Civil Veterinary Department. United Provinces 1923-31 - 1923-1931
Year: 1923
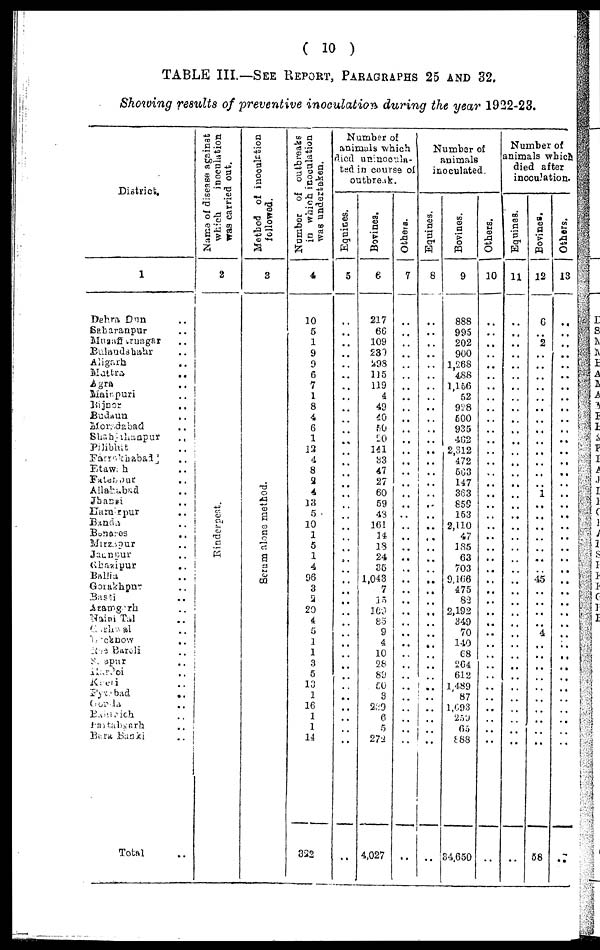
( 10 )
TABLE III.—SEE REPORT, PARAGRAPHS 25 AND 32.
Showing results of preventive inoculation during the year 1922-23.
District.
1
Dehra Dun ..
Sabaranpur ..
Muzaffrnagar ..
Bulandshahr ..
Aligarh ..
Mattra ..
Agra
Mainpuri ..
Bijnor ..
Budaun ..
Moradabad ..
Shahjahanpur
..
Pilibhit ..
Farrukhabad ..
Etawah ..
Fathpur ..
Allahabad ..
Jhansi ..
Hamipur ..
Banda ..
Benarss ..
Mirzapur ..
Jaunpur ..
Ghazipur ..
Ballia ..
Gorakhpur ..
Basti..
Azamgarh ..
Naini Tal ..
Garhwal ..
Lucknow ..
Rae Bareli ..
Sitapur ..
Hardoi ..
Kheri ..
Fyzbad ..
Gonda ..
Bahrarich ..
Partabgarh ..
Bara Banki ..
Total ..
Name
of disease against
which
inoculation
was
carried out.
2
Rinderpest.
Method of
inoculation
followed.
3
Se r
um alone method.
Number
of outbreaks
in which inoculation
was undertaken.
4
10
5
1
9
9
6
7
1
8
4
6
1
12
4
8
2
4
13
5
10
1
5
1
4
96
3
2
20
4
5
1
1
3
5
13
1
16
1
1
14
822
Number of
animals which
died unincoula-
ted in course of
outbreak.
Equines.
5
..
..
..
..
..
..
..
..
..
..
..
..
..
..
..
..
..
..
..
..
..
..
..
..
..
..
..
..
..
..
..
..
..
..
..
..
..
..
..
..
..
Bovines.
6
217
66
109
239
298
115
119
4
49
40
50
20
141
33
47
27
60
69
43
161
14
18
24
35
1,043
7
15
169
83
9
4
10
28
89
50
3
239
6
5
272
4,027
Others.
7
..
..
..
..
..
..
..
..
..
..
..
..
..
..
..
..
..
..
..
..
..
..
..
..
..
..
..
..
..
..
..
..
..
..
..
..
..
..
..
..
..
Number of
animals
inoculated.
Equines.
6
..
..
..
..
..
..
..
..
..
..
..
..
..
..
..
..
..
..
..
..
..
..
..
..
..
..
..
..
..
..
..
..
..
..
..
..
..
..
..
....
..
Bovines.
9
888
995
202
900
1,268
488
1,166
52
928
500
935
402
2,312
472
563
147
363
859
163
2,110
47
185
63
703
9,166
475
82
2,192
349
70
140
68
264
612
1,489
87
1,693
259
65
888
34,650
Others.
10
..
..
..
..
..
..
..
..
..
..
..
..
..
..
..
..
..
..
..
..
..
..
..
..
..
..
..
..
..
..
..
..
..
..
..
..
..
..
..
..
..
Number of
animals which
died after
inoculation.
Equines.
11
..
..
..
..
..
..
..
..
..
..
..
..
..
..
..
..
..
..
..
..
..
..
..
..
..
..
..
..
..
..
..
..
..
..
..
..
..
..
..
..
..
Bovines.
12
6
..
2
..
..
..
..
..
..
..
..
..
..
..
..
..
1
..
..
..
..
..
..
..
45
..
..
..
..
4
..
..
..
..
..
..
..
..
..
..
58
Others.
13
..
..
..
..
..
..
..
..
..
..
..
..
..
..
..
..
..
..
..
..
..
..
..
..
..
..
..
..
..
..
..
..
..
..
..
..
..
..
..
..